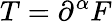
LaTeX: T=\partial^{\alpha}F